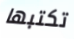
تكتبها